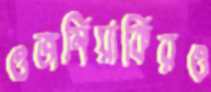
ওজনিয়াকিরও